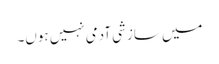
میں سازشی آدمی نہیں ہوں۔